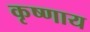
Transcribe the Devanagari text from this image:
कृष्णाय